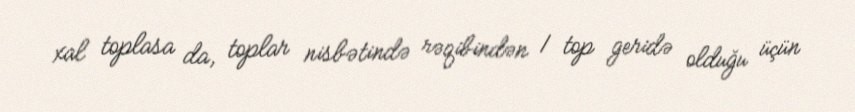
xal toplasa da, toplar nisbətində rəqibindən 1 top geridə olduğu üçün